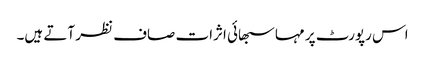
اس رپورٹ پر مہاسبھائی اثرات صاف نظر آتے ہیں۔